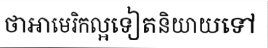
ថាអាមេរិកល្អទៀតនិយាយទៅ